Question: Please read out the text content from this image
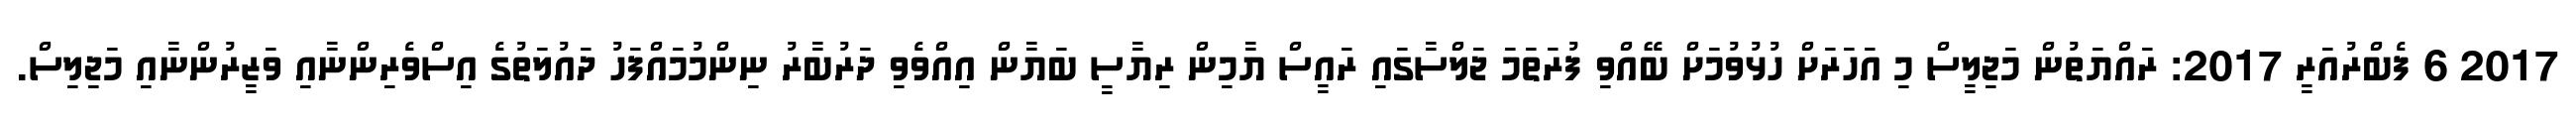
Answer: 2017 6 ފެބްރުއަރީ 2017: ރައްޔަތުން މަޖިލީސް މި އަހަރަށް ހުޅުވުމަށް ބޭއްވި ފުރަތަމަ ޖަލްސާގައި ރައީސް ޔާމިން ރިޔާސީ ބަޔާން އިއްވެވި ދަރުބާރު ނިންމުމައްފަހު ދައުލަތުގެ އިސްވެރިންނާއި ވަޒީރުންނާއި މަޖިލިސް.